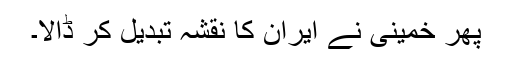
پھر خمینی نے ایران کا نقشہ تبدیل کر ڈالا۔